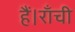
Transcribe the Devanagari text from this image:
हैं।राँची